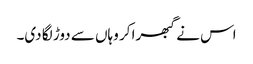
اس نے گبھرا کر وہاں سے دوڑ لگا دی۔